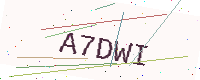
Text: A7DWI